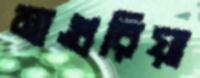
মাগুরিয়া